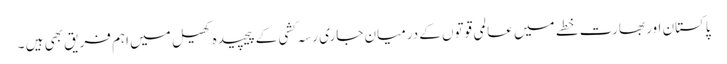
پاکستان اور بھارت خطے میں عالمی قوتوں کے درمیان جاری رسہ کشی کے پیچیدہ کھیل میں اہم فریق بھی ہیں ۔